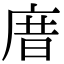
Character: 庴